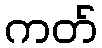
ကတ်